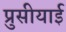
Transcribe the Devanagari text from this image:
प्रुसीयाई